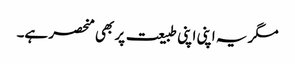
مگر یہ اپنی اپنی طبیعت پر بھی منحصر ہے۔